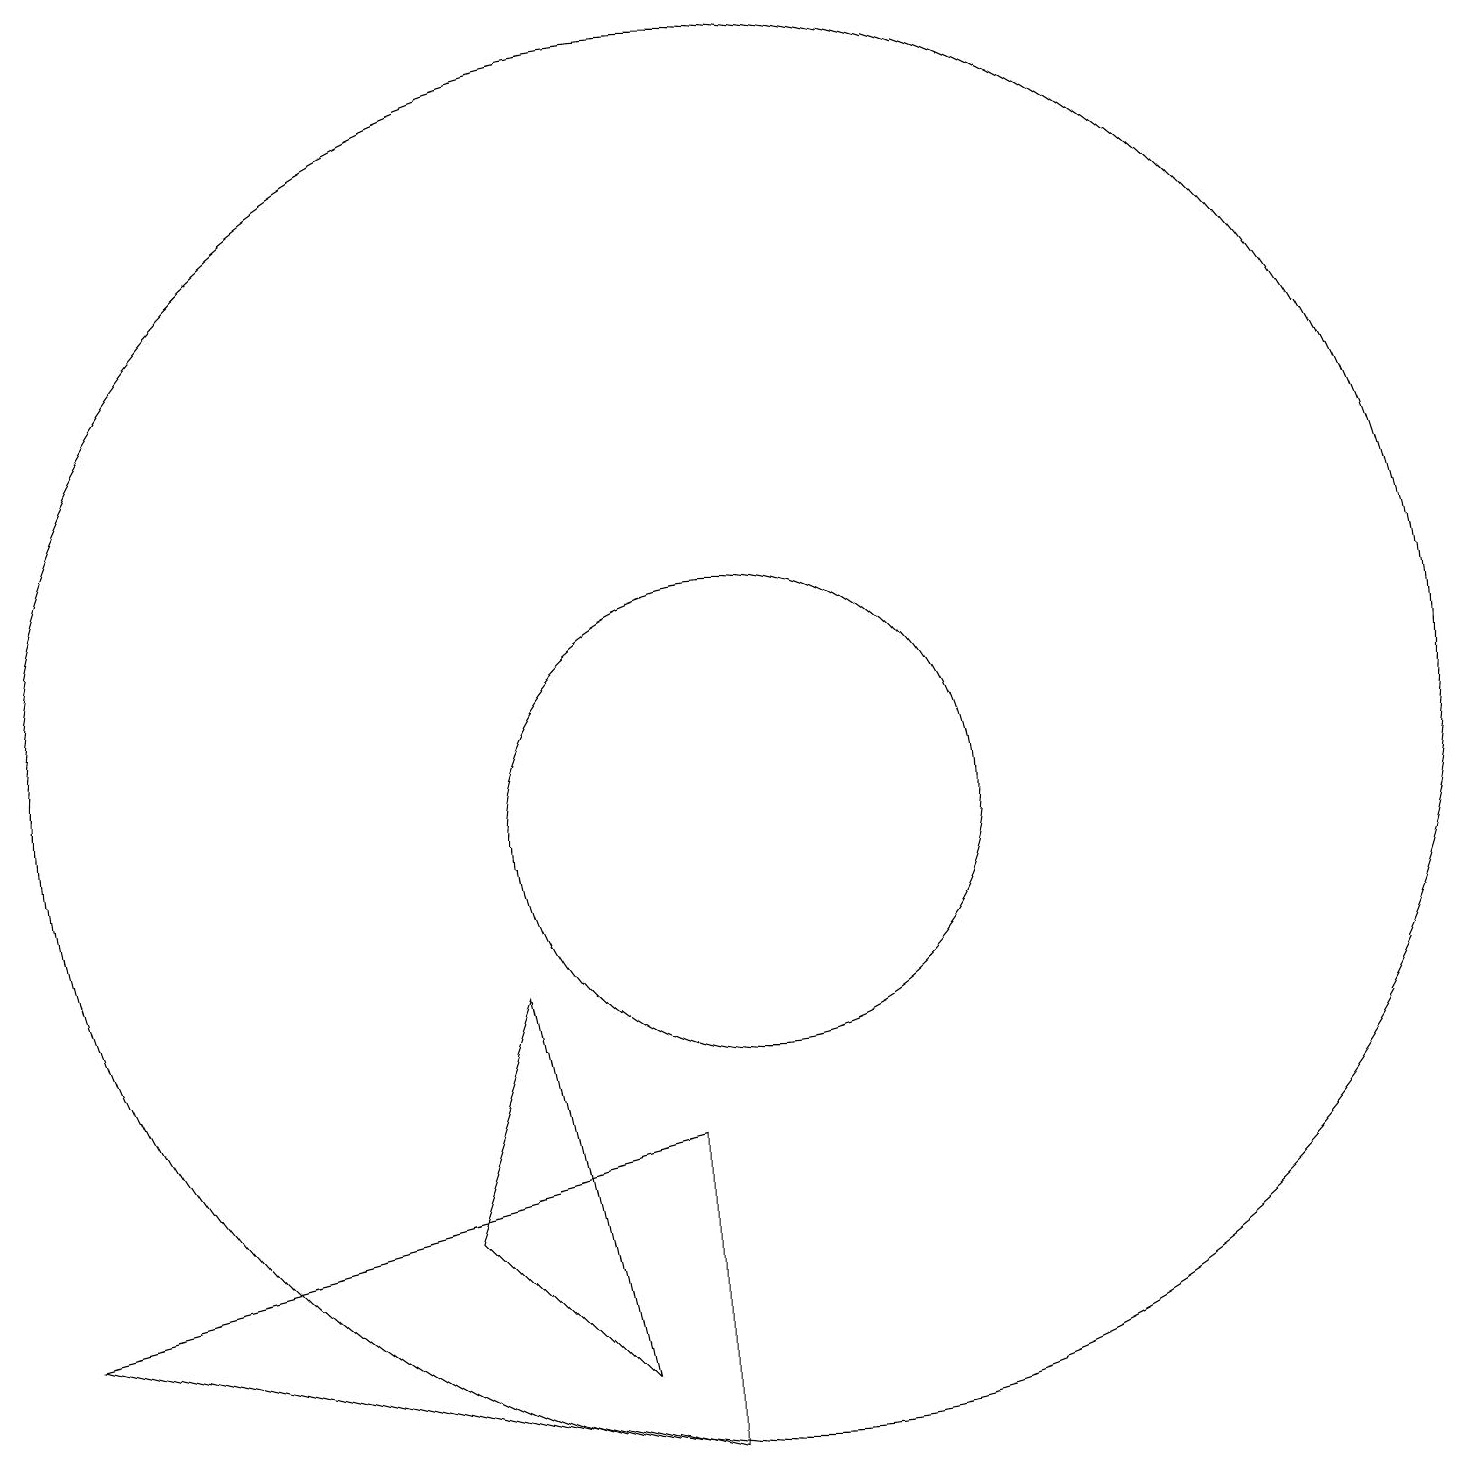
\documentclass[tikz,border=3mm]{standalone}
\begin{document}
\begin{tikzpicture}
\draw (9,6) -- (9,2) -- (1,4) -- cycle;
\draw (10,11) circle (9);
\draw (10,10) circle (3);
\draw (8,3) -- (6,5) -- (7,8) -- cycle;
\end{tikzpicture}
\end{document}